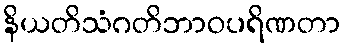
နိယတိသံဂတိဘာဝပရိဏတာ